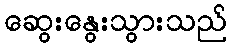
ဆွေးနွေးသွားသည်